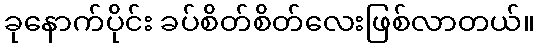
ခုနောက်ပိုင်း ခပ်စိတ်စိတ်လေးဖြစ်လာတယ်။